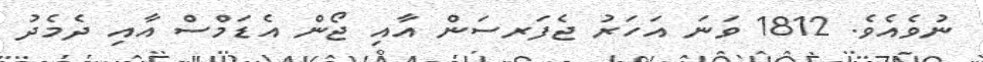
ނުވެއެވެ. 1812 ވަނަ އަހަރު ޖެފަރސަން އާއި ޖޯން އެޑަމްސް އާއި ދެމެދު